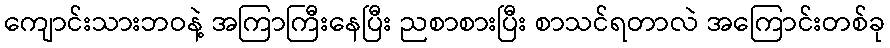
ကျောင်းသားဘဝနဲ့ အကြာကြီးနေပြီး ညစာစားပြီး စာသင်ရတာလဲ အကြောင်းတစ်ခု